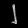
Digit: ၂